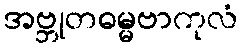
အဗ္ဘုတဓမ္မဗာကုလံ